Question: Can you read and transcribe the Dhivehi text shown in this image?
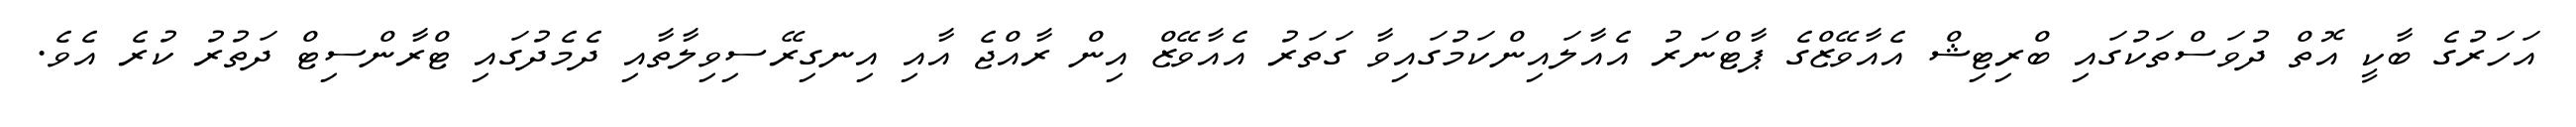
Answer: އަހަރުގެ ބާކީ އޮތް ދުވަސްތަކުގައި ބްރިޓިޝް އެއާވޭޒްގެ ޕާޓްނަރު އެއާލައިންކަމުގައިވާ ގަތަރު އެއާވޭޒް އިން ރާއްޖެ އާއި އިނގިރޭސިވިލާތާއި ދެމެދުގައި ޓްރާންސިޓް ދަތުރު ކުރެ އެވެ.